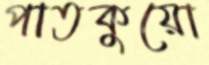
পাতকুয়ো